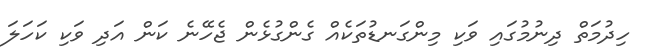
ހިދުމަތް ދިނުމުގައި ވަކި މިންގަނޑުތަކެއް ގެންގުޅެން ޖެހޭނެ ކަން އަދި ވަކި ކަހަލަ